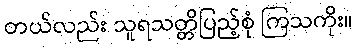
တယ်လည်း သူရသတ္တိပြည့်စုံ ကြသကိုး။